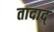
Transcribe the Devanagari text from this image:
तादाद्